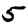
Digit: 5